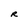
Character: R